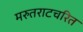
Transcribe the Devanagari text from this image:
मरुतराटचरित